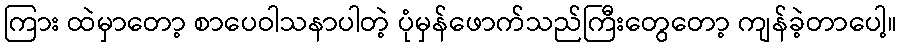
ကြား ထဲမှာတော့ စာပေဝါသနာပါတဲ့ ပုံမှန်ဖောက်သည်ကြီးတွေတော့ ကျန်ခဲ့တာပေါ့။